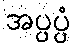
အပ္ပပ္ပံ